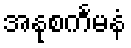
အနုစင်္ကမနံ